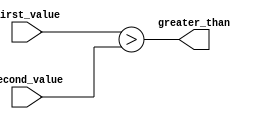
module greater_than_comp (
    input [7:0] first_value,
    input [7:0] second_value,
    output greater_than
);

reg greater_than;

always @(first_value, second_value) begin
    greater_than = (first_value > second_value);
end

endmodule